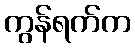
ကွန်ရက်က